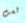
لست